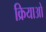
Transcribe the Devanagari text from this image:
क्रियाआें